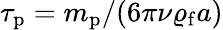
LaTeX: \tau_{\mathrm{p}}=m_{\mathrm{p}}/(6\pi\nu\varrho_{\mathrm{f}}a)